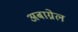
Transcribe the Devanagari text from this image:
अबाग्नेल